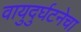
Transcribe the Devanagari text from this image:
वायुदुर्घटनेचा